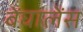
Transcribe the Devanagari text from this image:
बेंघालेंस